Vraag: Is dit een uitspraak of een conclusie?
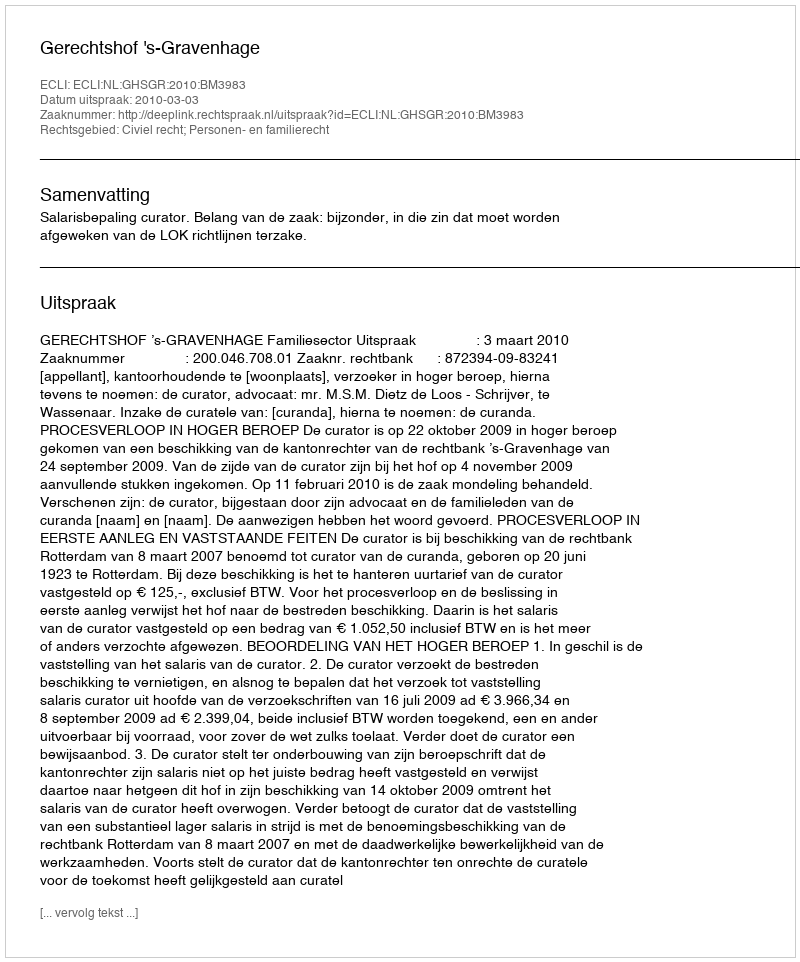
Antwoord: Uitspraak